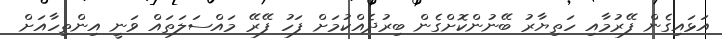
އަޅައިގެން ފޭރުމާއި ހަތިޔާރު ބޭނުންކޮށްގެން ބިރުދެއްކުމަށް ފަހު ފޭރޭ މައްސަލަތައް ވަނީ އިންތިހާއަށް